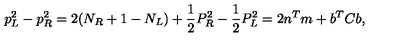
p _ { L } ^ { 2 } - p _ { R } ^ { 2 } = 2 ( N _ { R } + 1 - N _ { L } ) + \frac { 1 } { 2 } P _ { R } ^ { 2 } - \frac { 1 } { 2 } P _ { L } ^ { 2 } = 2 n ^ { T } m + b ^ { T } C b ,